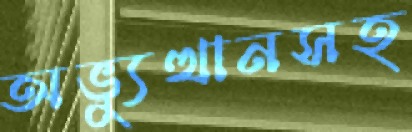
অভ্যুত্থানসহ